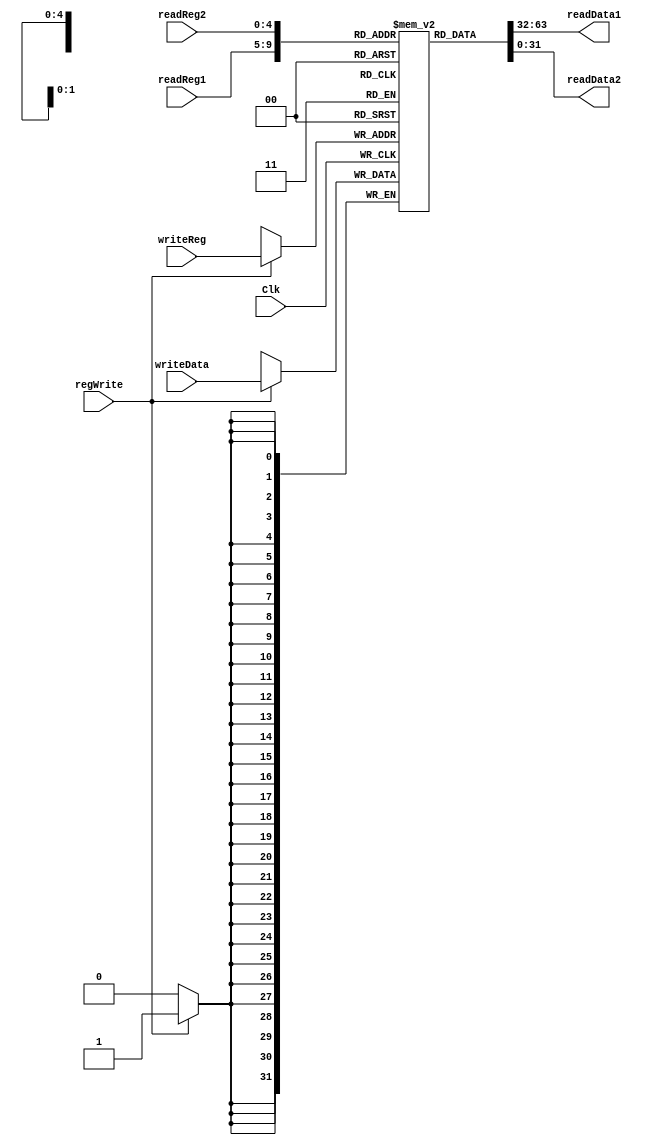
`timescale 1ns / 1ps
//////////////////////////////////////////////////////////////////////////////////
// Company: 
// Engineer: 
// 
// Design Name: 
// Module Name: Registers
// Project Name: 
// Target Devices: 
// Tool Versions: 
// Description: 
// 
// Dependencies: 
// 
// Revision:
// Revision 0.01 - File Created
// Additional Comments:
// 
//////////////////////////////////////////////////////////////////////////////////


module Registers(
    input [25:21] readReg1,
    input [20:16] readReg2,
    input [4:0] writeReg,
    input [31:0] writeData,
    input regWrite,
    output [31:0] readData1,
    output [31:0] readData2,
    input Clk
    );
    reg[31:0] ReadData1=0;
    reg[31:0] ReadData2=0;
    assign readData1=ReadData1;
    assign readData2=ReadData2;
    reg [31:0] regFile[31:0];
    integer i;
    initial begin
    for(i=0;i<32;i=i+1)
    regFile[i]=0;
    end
    always @ ( readReg1 or readReg2)
        begin
        ReadData1=regFile[readReg1];
        ReadData2=regFile[readReg2];
        end
    always @ (negedge Clk)
        begin
        if(regWrite==1)
            begin
            regFile[writeReg]=writeData;
            end
        end
endmodule